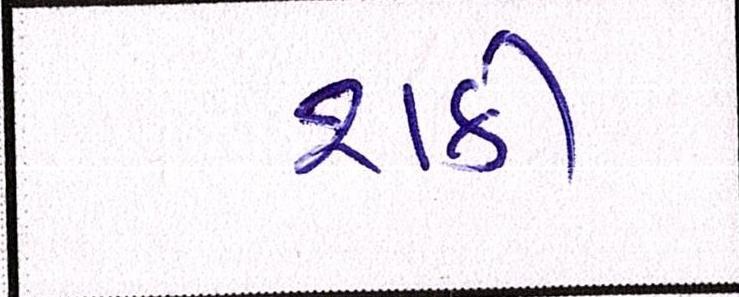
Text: શકી